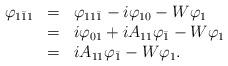
LaTeX: \begin{align*}\begin{array}{ccl}\varphi _{1\bar{1}1} & = & \varphi _{11\bar{1}}-i\varphi_{10}-W\varphi _{1} \\ & = & i\varphi _{01}+iA_{11}\varphi _{\bar{1}}-W\varphi _{1} \\ & = & iA_{11}\varphi _{\bar{1}}-W\varphi _{1}.\end{array}\end{align*}